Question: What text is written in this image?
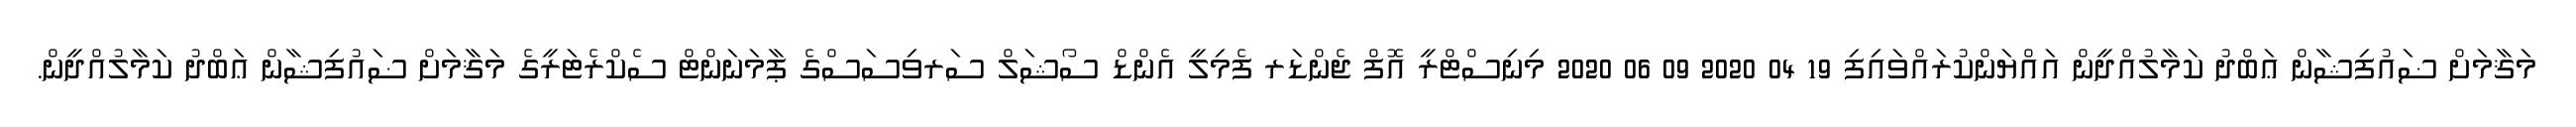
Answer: މަޤާމަށް ޟައުފިޝާން ޢަބްދު ކަމާލުއްދީން އައްޔަންކުރައްވައިފި 19 04 2020 09 06 2020 މިނިސްޓްރީ އޮފް ޖެންޑަރ ފެމިލީ އެންޑް ސޯޝަލް ސަރވިސަސްގެ ޕާމަނަންޓް ސެކްރެޓަރީގެ މަޤާމަށް ޟައުފިޝާން ޢަބްދު ކަމާލުއްދީން.